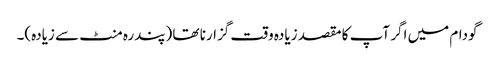
گودام میں اگر آپ کا مقصد زیادہ وقت گزارنا تھا (پندرہ منٹ سے زیادہ)۔